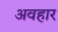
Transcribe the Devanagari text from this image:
अवहार